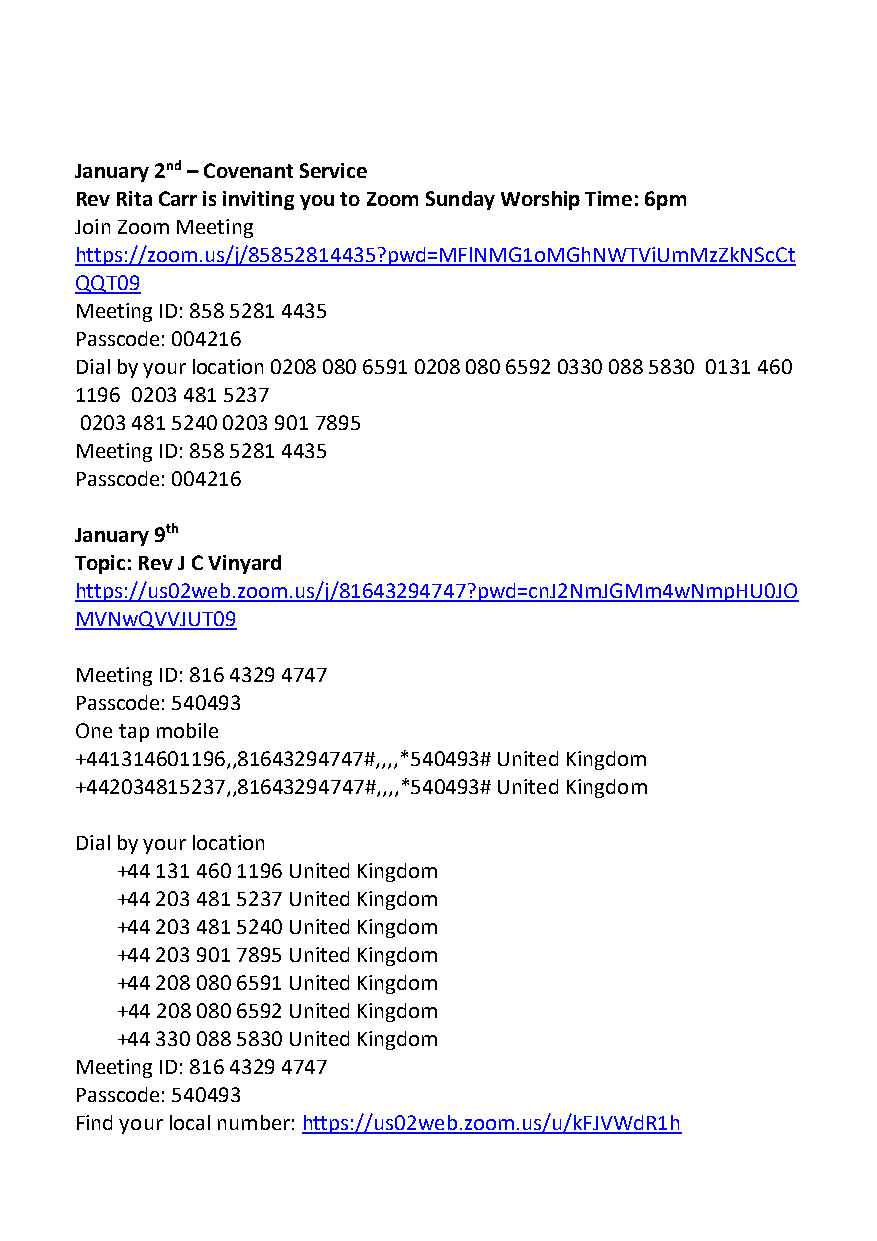
January 2nd – Covenant Service
 Rev Rita Carr is inviting you to Zoom Sunday Worship Time: 6pm
 Join Zoom Meeting
 https://zoom.us/j/85852814435?pwd=MFlNMG1oMGhNWTViUmMzZkNScCt
 QQT09
 Meeting ID: 858 5281 4435
 Passcode: 004216
 Dial by your location 0208 080 6591 0208 080 6592 0330 088 5830 0131 460
 1196 0203 481 5237
 0203 481 5240 0203 901 7895
 Meeting ID: 858 5281 4435
 Passcode: 004216
 January 9th
 Topic: Rev J C Vinyard
 https://us02web.zoom.us/j/81643294747?pwd=cnJ2NmJGMm4wNmpHU0JO
 MVNwQVVJUT09
 Meeting ID: 816 4329 4747
 Passcode: 540493
 One tap mobile
 +441314601196,,81643294747#,,,,*540493# United Kingdom
 +442034815237,,81643294747#,,,,*540493# United Kingdom
 Dial by your location
 +44 131 460 1196 United Kingdom
 +44 203 481 5237 United Kingdom
 +44 203 481 5240 United Kingdom
 +44 203 901 7895 United Kingdom
 +44 208 080 6591 United Kingdom
 +44 208 080 6592 United Kingdom
 +44 330 088 5830 United Kingdom
 Meeting ID: 816 4329 4747
 Passcode: 540493
 Find your local number: https://us02web.zoom.us/u/kFJVWdR1h